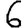
Digit: 6